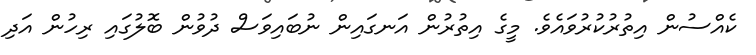
ކެއްސުން އިތުރުކުރުވައެވެ. މީގެ އިތުރުން އަނގައިން ނުބައިވަސް ދުވުން ބޮލުގައި ރިހުން އަދި